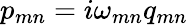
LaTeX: p_{mn}=i\omega_{mn}q_{mn}